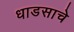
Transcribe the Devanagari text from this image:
धाडसाचे